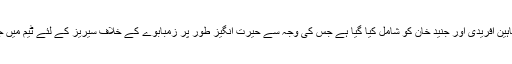
ٹیم میں 6 فاسٹ بولر فہیم اشرف، حسن علی، عثمان خان، محمد عامر، شاہین آفریدی اور جنید خان کو شامل کیا گیا ہے جس کی وجہ سے حیرت انگیز طور پر زمبابوے کے خلاف سیریز کے لئے ٹیم میں جگہ بنانے والے لیگ اسپنر یاسر شاہ بھی اسکواڈ کا حصہ نہیں بن سکے۔